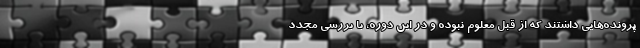
پرونده‌هایی داشتند که از قبل معلوم نبوده و در این دوره، با بررسی مجدد